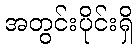
အတွင်းပိုင်းရှိ